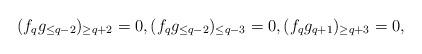
LaTeX: \begin{align*}(f_q g_{\leq q-2})_{\geq q+2}=0, (f_q g_{\leq q-2})_{\leq q-3}=0, (f_qg_{q+1})_{\geq q+3} =0,\end{align*}